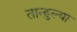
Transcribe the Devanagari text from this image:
तान्हुल्या